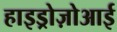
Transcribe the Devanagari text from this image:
हाइड्रोज़ोआई